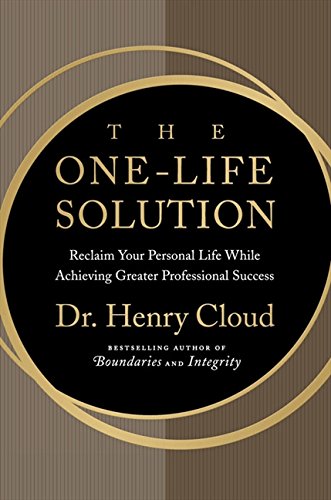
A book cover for The One-Life Solution: The Boundaries Way to Integrating Work and Life; Henry Cloud; Health, Fitness & Dieting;